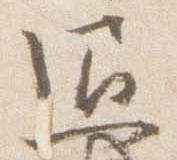
通